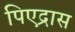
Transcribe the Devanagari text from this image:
पिएद्रास